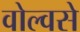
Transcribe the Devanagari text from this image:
वोल्वसे